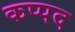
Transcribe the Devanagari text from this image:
कप्पद